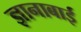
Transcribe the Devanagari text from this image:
ज्ञानाबाई